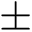
\pm